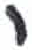
אות: י